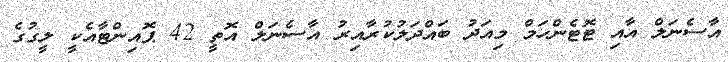
އާސެނަލް އާއި ޓޮޓެންހަމް މިއަދު ބައްދަލުކުރާއިރު އާސެނަލް އޮތީ 42 ޕޮއިންޓާއެކީ ލީގުގެ